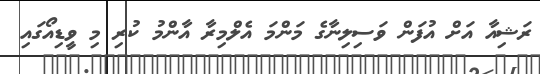
ރަޝިއާ އަށް އުފަން ވަސިލިނާގެ މަންމަ އެލްމިރާ އާންމު ކުރި މި ވީޑިއޯގައި